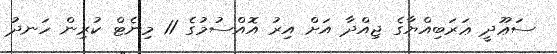
ސަޢޫދީ ޢަރަބިއްޔާގެ ޖިއްދާ އަށް އިރު އޮއްސުމުގެ 11 މިނެޓް ކުރިން ހަނދު